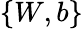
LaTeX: \{ W,b\}